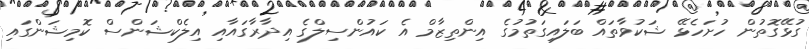
ގުޅޭގޮތުން ހުށަހެޅޭ ޝަކުވާތައް ބަލައިގަތުމުގެ އިންތިޒާމް އެ ކައުންސިލްގެ އިދާރާގައާއި އިލެކްޝަންސް ކޮމިޝަންގައި